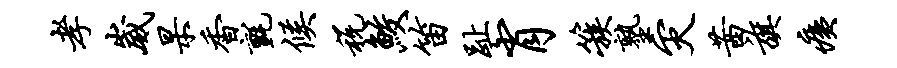
孝崴杲香毡候税鲛笛趾肖簇塾灾茜旗痍